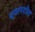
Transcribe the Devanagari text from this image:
ध्यानशील